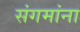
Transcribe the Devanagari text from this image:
संगमांना